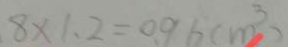
8 \times 1 . 2 = 0 . 9 6 ( m ^ { 3 } )